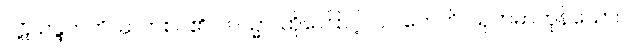
ပဋိသန္ဒဟတိ၊ ဆက်စပ်၏။ တသ္မာ၊ ထိုကြောင့်။ ပါပကေဟိ၊ ယုတ်မာကုန်သော။